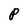
Character: P